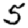
Digit: 5